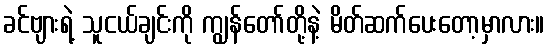
ခင်ဗျားရဲ့ သူငယ်ချင်းကို ကျွန်တော်တို့နဲ့ မိတ်ဆက်ပေးတော့မှာလား။